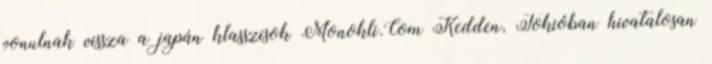
vonulnak vissza a japán klasszisok Monokli.Com Kedden, Tokióban hivatalosan